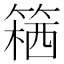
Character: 𥱛